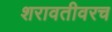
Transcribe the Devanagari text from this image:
शरावतीवरच